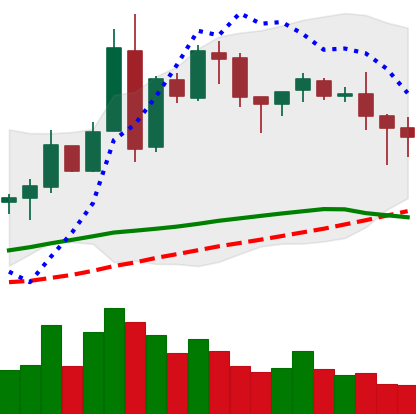
Ticker: BNB-USD
Chart end date: 2018-05-08
Forward return: -3.033%
Label: down_3_5